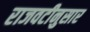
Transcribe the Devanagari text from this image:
राजवटीनुसार